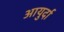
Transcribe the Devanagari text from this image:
आयुर्दा